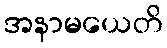
အနာမယေတိ